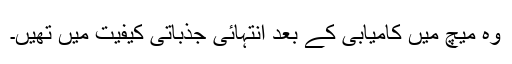
وہ میچ میں کامیابی کے بعد انتہائی جذباتی کیفیت میں تھیں۔